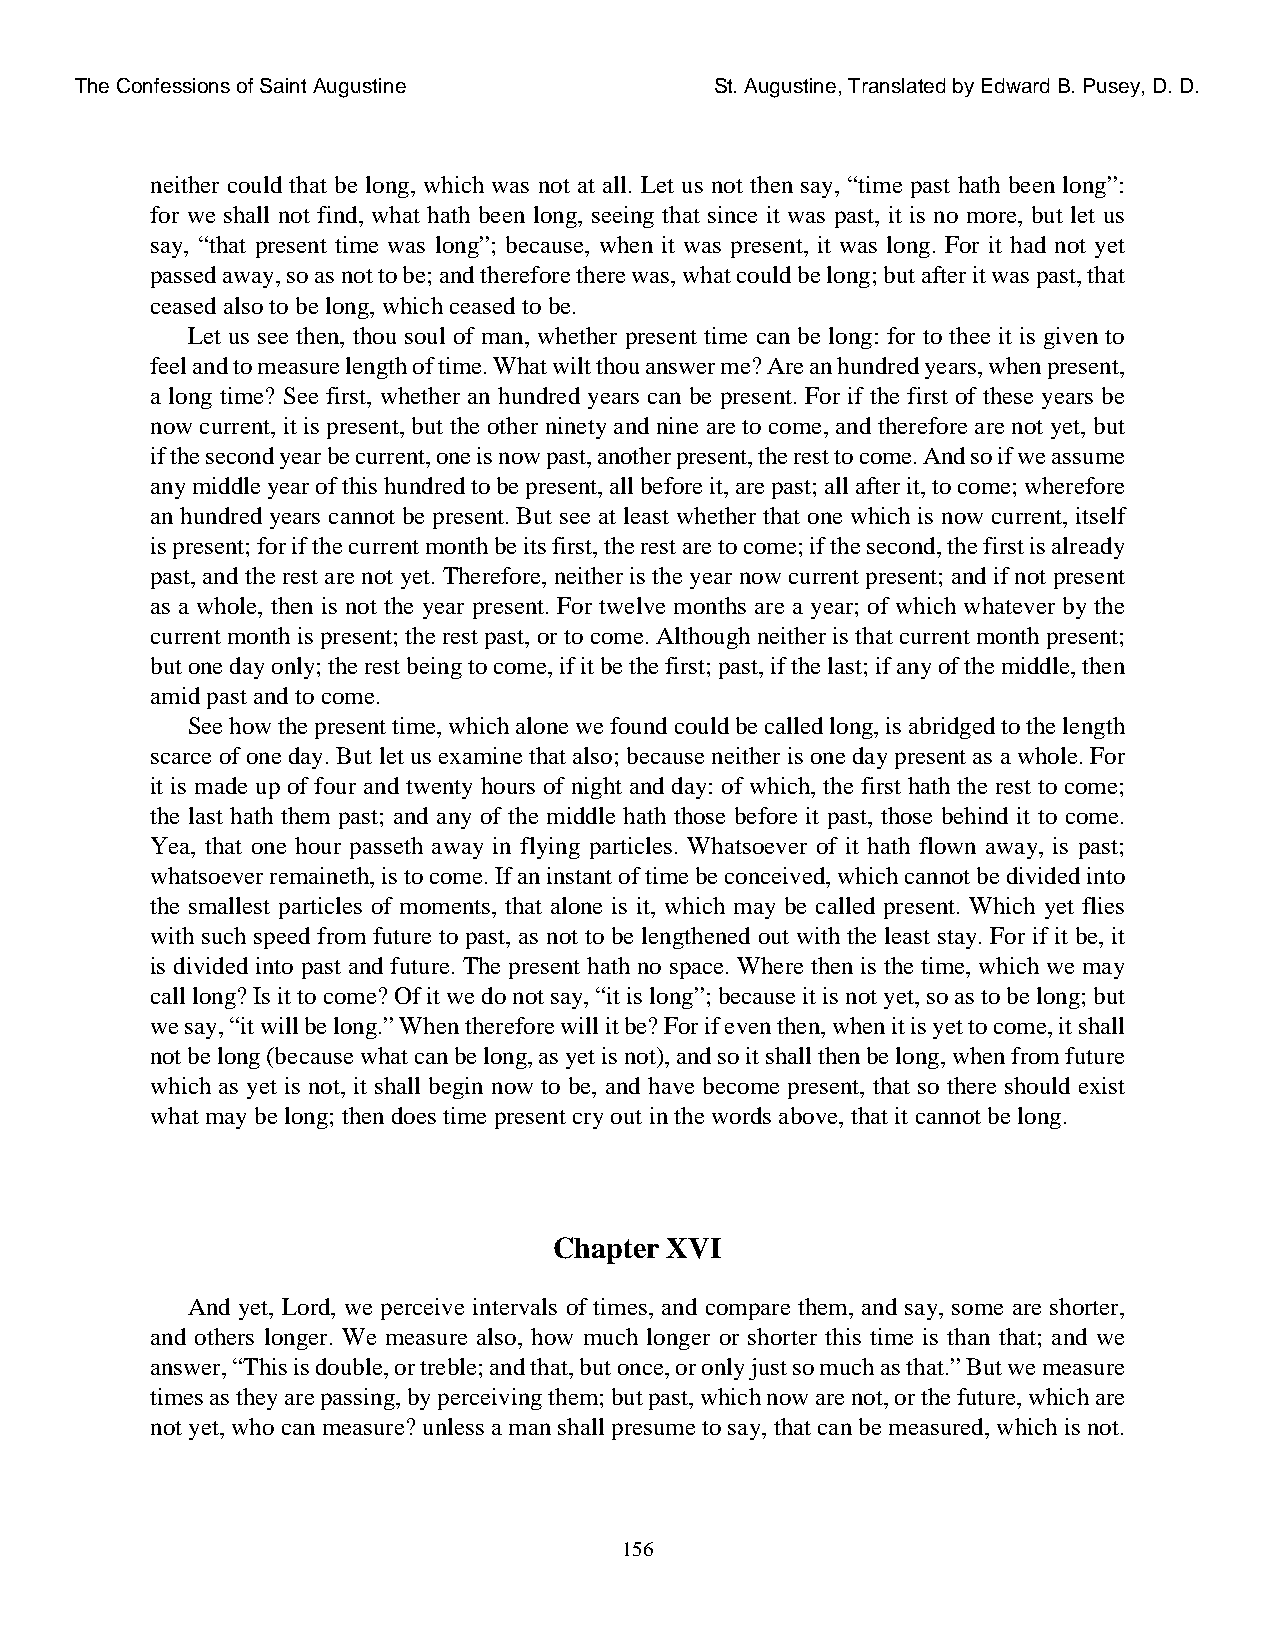
The Confessions of Saint Augustine        St. Augustine, Translated by Edward B. Pusey, D. D.
 neither could that be long, which was not at all. Let us not then say, “time past hath been long”:
 for we shall not find, what hath been long, seeing that since it was past, it is no more, but let us
 say, “that present time was long”; because, when it was present, it was long. For it had not yet
 passed away, so as not to be; and therefore there was, what could be long; but after it was past, that
 ceased also to be long, which ceased to be.
 Let us see then, thou soul of man, whether present time can be long: for to thee it is given to
 feel and to measure length of time. What wilt thou answer me? Are an hundred years, when present,
 a long time? See first, whether an hundred years can be present. For if the first of these years be
 now current, it is present, but the other ninety and nine are to come, and therefore are not yet, but
 if the second year be current, one is now past, another present, the rest to come. And so if we assume
 any middle year of this hundred to be present, all before it, are past; all after it, to come; wherefore
 an hundred years cannot be present. But see at least whether that one which is now current, itself
 is present; for if the current month be its first, the rest are to come; if the second, the first is already
 past, and the rest are not yet. Therefore, neither is the year now current present; and if not present
 as a whole, then is not the year present. For twelve months are a year; of which whatever by the
 current month is present; the rest past, or to come. Although neither is that current month present;
 but one day only; the rest being to come, if it be the first; past, if the last; if any of the middle, then
 amid past and to come.
 See how the present time, which alone we found could be called long, is abridged to the length
 scarce of one day. But let us examine that also; because neither is one day present as a whole. For
 it is made up of four and twenty hours of night and day: of which, the first hath the rest to come;
 the last hath them past; and any of the middle hath those before it past, those behind it to come.
 Yea, that one hour passeth away in flying particles. Whatsoever of it hath flown away, is past;
 whatsoever remaineth, is to come. If an instant of time be conceived, which cannot be divided into
 the smallest particles of moments, that alone is it, which may be called present. Which yet flies
 with such speed from future to past, as not to be lengthened out with the least stay. For if it be, it
 is divided into past and future. The present hath no space. Where then is the time, which we may
 call long? Is it to come? Of it we do not say, “it is long”; because it is not yet, so as to be long; but
 we say, “it will be long.” When therefore will it be? For if even then, when it is yet to come, it shall
 not be long (because what can be long, as yet is not), and so it shall then be long, when from future
 which as yet is not, it shall begin now to be, and have become present, that so there should exist
 what may be long; then does time present cry out in the words above, that it cannot be long.
 Chapter XVI
 And yet, Lord, we perceive intervals of times, and compare them, and say, some are shorter,
 and others longer. We measure also, how much longer or shorter this time is than that; and we
 answer, “This is double, or treble; and that, but once, or only just so much as that.” But we measure
 times as they are passing, by perceiving them; but past, which now are not, or the future, which are
 not yet, who can measure? unless a man shall presume to say, that can be measured, which is not.
 156